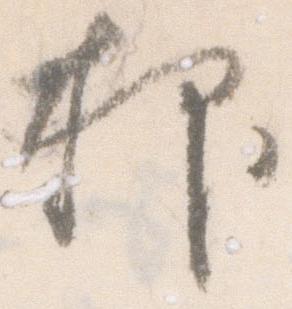
抑